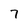
Character: 7